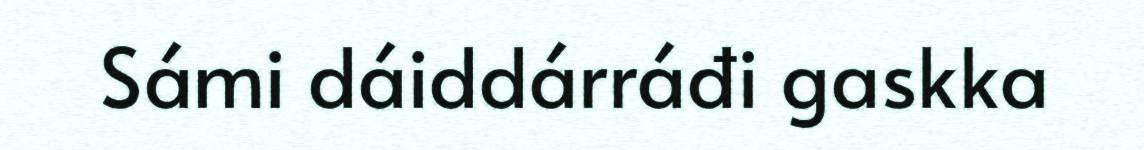
Sámi dáiddárráđi gaskka